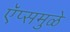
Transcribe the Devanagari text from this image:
ऍप्समुळे